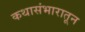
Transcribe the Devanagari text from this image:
कथासंभारातून